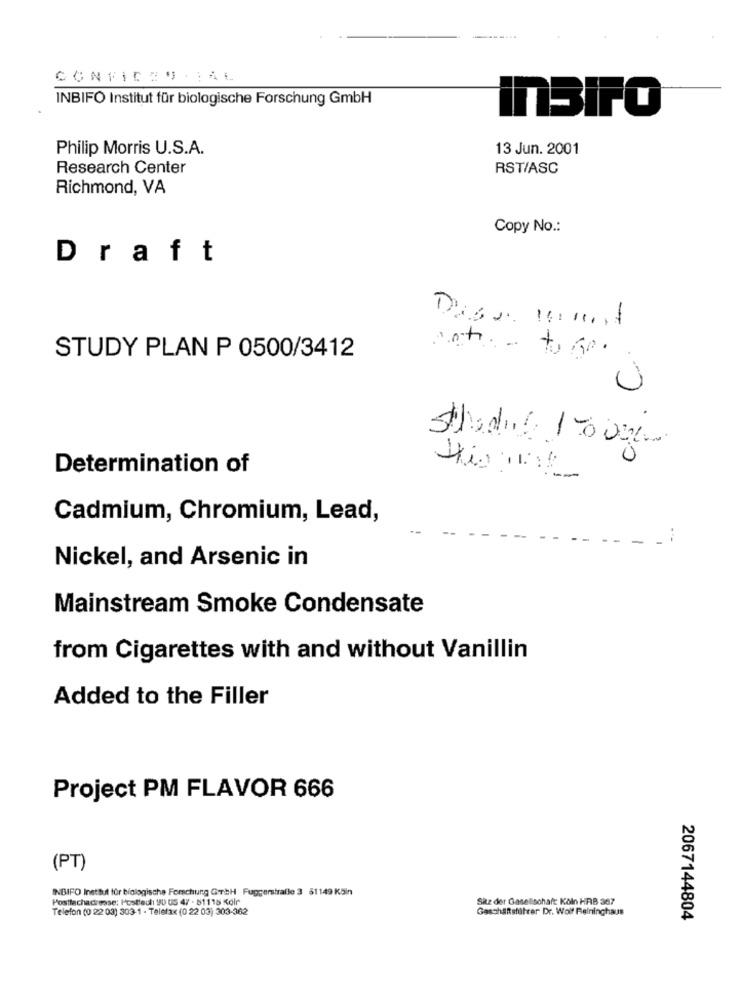
INBIFO Institut für biologische Forschung GmbH
Insiro
Philip Morris U.S.A.
13 Jun. 2001
Research Center
RST/ASC
Richmond, VA
Copy No .:
Draft
STUDY PLAN P 0500/3412
U
Schodule 1room
Determination of
Cadmium, Chromium, Lead,
Nickel, and Arsenic in
Mainstream Smoke Condensate
from Cigarettes with and without Vanillin
Added to the Filler
Project PM FLAVOR 666
(PT)
INBIFO Institut für biologische Forschung GrbH Fuggerstralle 3 81149 Köln
Postfachadresse: Postfach 9U US 47 - 81115 Kolr
Sitz der Gesellschaft Köln HRB 367
Telefon (0 22 03) 303-1 - Telefax (0 22 03) 303-362
Geschäftsführer Dr. Wolf Felninghaus
2067144804